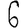
Digit: 6